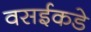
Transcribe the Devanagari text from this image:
वसईकडे